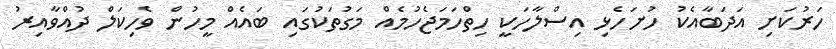
ހަރުކަށި އަދަބާއެކު ހުށަހެޅި އިސްލާހަކީ ހިތްހަމަޖެހުމެއް މަގުތަކުގައި ބައެއް މީހުން ވެހިކަލް ދުއްވާއިރު